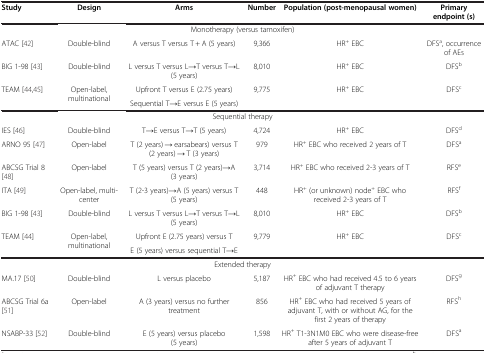
<table><thead><tr><td><b>Study</b></td><td><b>Design</b></td><td><b>Arms</b></td><td><b>Number</b></td><td><b>Population (post-menopausal women)</b></td><td><b>Primary endpoint (s)</b></td></tr></thead><tbody><tr><td colspan="6">Monotherapy (versus tamoxifen)</td></tr><tr><td>ATAC [42]</td><td>Double-blind</td><td>A versus T versus T + A (5 years)</td><td>9,366</td><td>HR<sup>+</sup> EBC</td><td>DFS<sup>a</sup>, occurrence of AEs</td></tr><tr><td>BIG 1-98 [43]</td><td>Double-blind</td><td>L versus T versus L→T versus T→L (5 years)</td><td>8,010</td><td>HR<sup>+</sup> EBC</td><td>DFS<sup>b</sup></td></tr><tr><td>TEAM [44,45]</td><td>Open-label, multinational</td><td>Upfront T versus E (2.75 years)</td><td>9,775</td><td>HR<sup>+</sup> EBC</td><td>DFS<sup>c</sup></td></tr><tr><td> </td><td> </td><td>Sequential T→E versus E (5 years)</td><td> </td><td> </td><td> </td></tr><tr><td colspan="6">Sequential therapy</td></tr><tr><td>IES [46]</td><td>Double-blind</td><td>T→E versus T→T (5 years)</td><td>4,724</td><td>HR<sup>+</sup> EBC</td><td>DFS<sup>d</sup></td></tr><tr><td>ARNO 95 [47]</td><td>Open-label</td><td>T (2 years) → earsabears) versus T (2 years) → T (3 years)</td><td>979</td><td>HR<sup>+</sup> EBC who received 2 years of T</td><td>DFS<sup>a</sup></td></tr><tr><td>ABCSG Trial 8 [48]</td><td>Open-label</td><td>T (5 years) versus T (2 years)→A (3 years)</td><td>3,714</td><td>HR<sup>+</sup> EBC who received 2-3 years of T</td><td>RFS<sup>e</sup></td></tr><tr><td>ITA [49]</td><td>Open-label, multi-center</td><td>T (2-3 years)→A (5 years) versus T (5 years)</td><td>448</td><td>HR<sup>+</sup> (or unknown) node<sup>+</sup> EBC who received 2-3 years of T</td><td>RFS<sup>f</sup></td></tr><tr><td>BIG 1-98 [43]</td><td>Double-blind</td><td>L versus T versus L→T versus T→L (5 years)</td><td>8,010</td><td>HR<sup>+</sup> EBC</td><td>DFS<sup>b</sup></td></tr><tr><td>TEAM [44]</td><td>Open-label, multinational</td><td>Upfront E (2.75 years) versus T</td><td>9,779</td><td>HR<sup>+</sup> EBC</td><td>DFS<sup>c</sup></td></tr><tr><td> </td><td> </td><td>E (5 years) versus sequential T→E</td><td> </td><td> </td><td> </td></tr><tr><td colspan="6">Extended therapy</td></tr><tr><td>MA.17 [50]</td><td>Double-blind</td><td>L versus placebo</td><td>5,187</td><td>HR<sup>+</sup> EBC who had received 4.5 to 6 years of adjuvant T therapy</td><td>DFS<sup>g</sup></td></tr><tr><td>ABCSG Trial 6a [51]</td><td>Open-label</td><td>A (3 years) versus no further treatment</td><td>856</td><td>HR<sup>+</sup> EBC who had received 5 years of adjuvant T, with or without AG, for the first 2 years of therapy</td><td>RFS<sup>h</sup></td></tr><tr><td>NSABP-33 [52]</td><td>Double-blind</td><td>E (5 years) versus placebo (5 years)</td><td>1,598</td><td>HR<sup>+</sup> T1-3N1M0 EBC who were disease-free after 5 years of adjuvant T</td><td>DFS<sup>a</sup></td></tr></tbody></table>